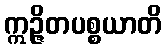
ဣဉ္ဇိတပစ္စယာတိ